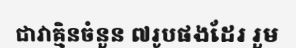
ជាវាគ្មិនចំនួន ៧រូបផងដែរ រួម